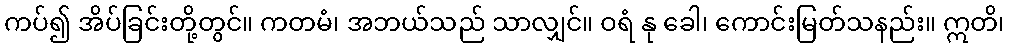
ကပ်၍ အိပ်ခြင်းတို့တွင်။ ကတမံ၊ အဘယ်သည် သာလျှင်။ ဝရံ နု ခေါ၊ ကောင်းမြတ်သနည်း။ ဣတိ၊